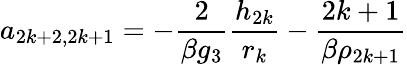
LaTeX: a_{2k+2,2k+1}=-\frac{2}{\beta g_{3}}\frac{h_{2k}}{r_{k}}-\frac{2k+1}{\beta\rho_{2k+1}}